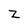
Character: Z